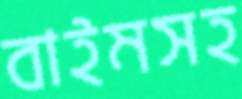
বাইমসহ